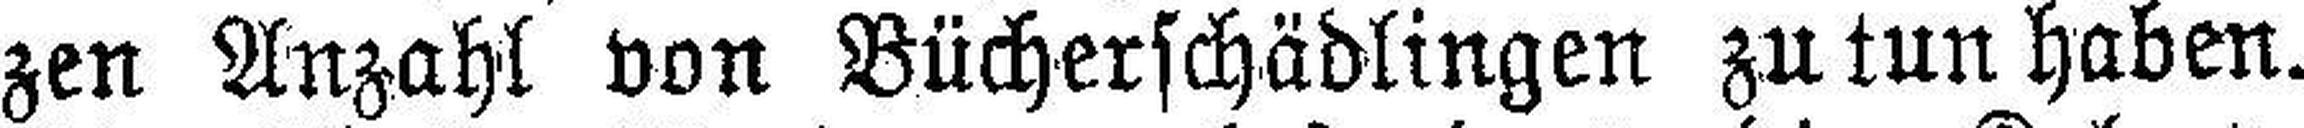
zen Anzahl von Bücherschädlingen zu tun haben.